Leaving Certificate Examination (including Day School Certificate (Higher) General paper), 1934
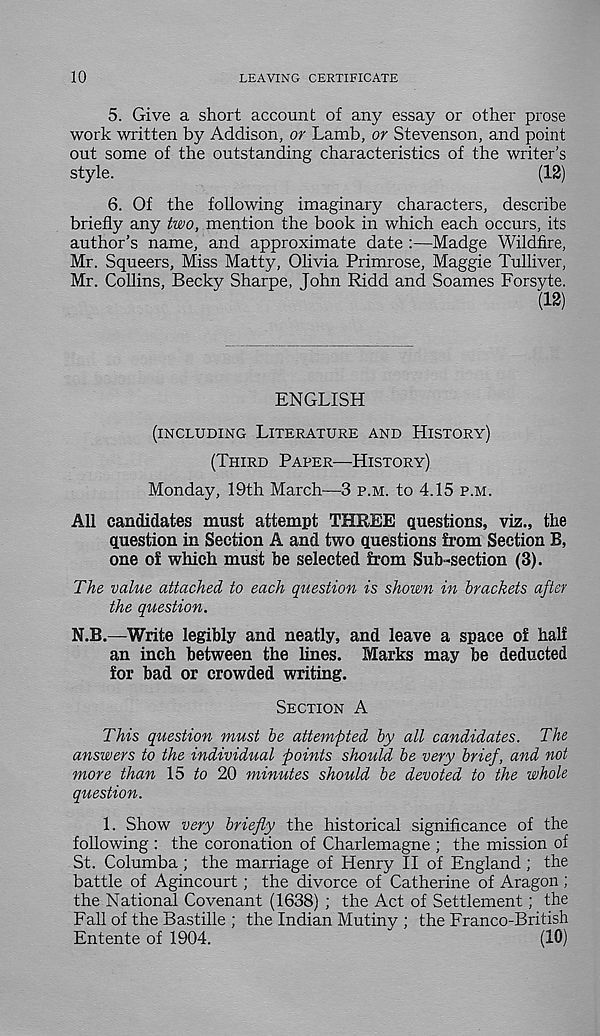
10
LEAVING CERTIFICATE
5. Give a short account of any essay or other prose
work written by Addison, or Lamb, or Stevenson, and point
out some of the outstanding characteristics of the writer’s
style.
(12)
6. Of the following imaginary characters, describe
briefly any two, mention the book in which each occurs, its
author’s name, and approximate date :—Madge Wildfire,
Mr. Squeers, Miss Matty, Olivia Primrose, Maggie Tulliver,
Mr. Collins, Becky Sharpe, John Ridd and Soames Forsyte.
(12)
ENGLISH
(INCLUDING LITERATURE AND HISTORY)
(THIRD PAPER—HISTORY)
Monday, 19th March—3 P.M. to 4.15 P.M.
All candidates must attempt THREE questions, viz., the
question in Section A and two questions from Section B,
one of which must be selected from Sub-section (3).
The value attached to each question is shown in brachets after
the question.
N.B.—Write legibly and neatly, and leave a space of half
an inch between the lines. Marks may be deducted
for bad or crowded writing.
SECTION A
This question must be attempted by all candidates. The
answers to the individual points should be very brief, and not
more than 15 to 20 minutes should be devoted to the whole
question.
1. Show very briefly the historical significance of the
following : the coronation of Charlemagne ; the mission of
St. Columba; the marriage of Henry II of England ; the
battle of Agincourt; the divorce of Catherine of Aragon;
the National Covenant (1638) ; the Act of Settlement; the
Fall of the Bastille ; the Indian Mutiny ; the Franco-British
Entente of 1904.
(10)